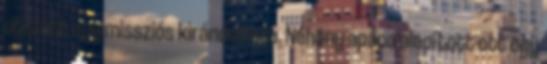
utazott egy missziós kirándulásra. Néhány apáca alapított ott egy